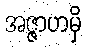
အဇ္ဇာဟမှိ